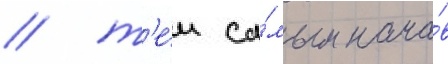
/ т'е́м са́мым нача́в